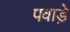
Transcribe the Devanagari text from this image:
पवाड़े